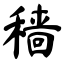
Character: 穑